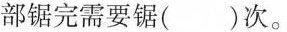
部锯完需要锯()次。